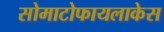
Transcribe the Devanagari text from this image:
सोमाटोफायलाकेस